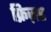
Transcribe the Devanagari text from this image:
फ्रिज़र